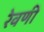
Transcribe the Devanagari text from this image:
रेवणी